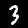
Digit: 3